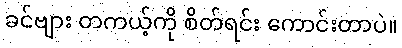
ခင်ဗျား တကယ့်ကို စိတ်ရင်း ကောင်းတာပဲ။